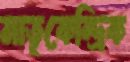
মাতৃকেন্দ্রিক